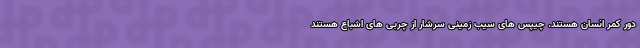
دور کمر انسان هستند. چیپس های سیب زمینی سرشار از چربی های اشباع هستند